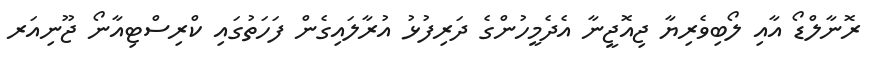
ރޮނާލްޑޯ އާއި ލޯބިވެރިޔާ ޖިއޮޖީނާ އެދެމީހުންގެ ދަރިފުޅު އުރާލައިގެން ފަހަތުގައި ކްރިސްޓިއާނޯ ޖޫނިއަރ